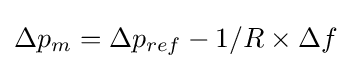
\Delta p_{m}=\Delta p_{ref}-1/R\times \Delta f